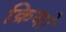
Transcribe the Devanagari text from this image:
क्रियो